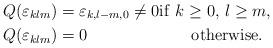
LaTeX: \begin{align*} Q(\varepsilon_{klm}) &= \varepsilon_{k,l-m,0} \ne 0 \mathrm{if~} k \ge 0, \, l \ge m, \\ Q(\varepsilon_{klm}) &= 0 \hskip 2.65cm \mathrm{otherwise.}\end{align*}